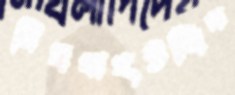
মিছবাহউদ্দিন